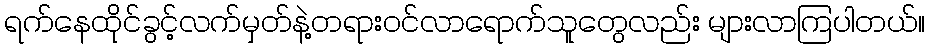
ရက်နေထိုင်ခွင့်လက်မှတ်နဲ့တရားဝင်လာရောက်သူတွေလည်း များလာကြပါတယ်။